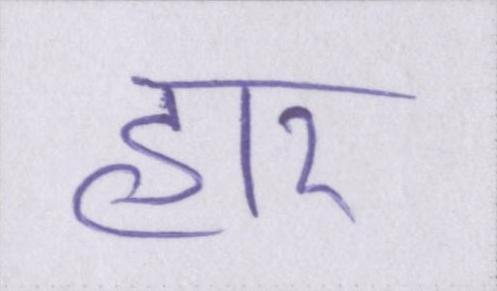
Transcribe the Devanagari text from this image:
हार